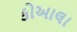
કોઆલા